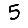
Digit: 5